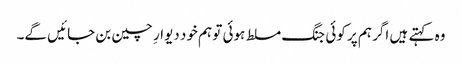
وہ کہتے ہیں اگر ہم پر کوئی جنگ مسلط ہوئی تو ہم خود دیوارِ چین بن جائیں گے۔